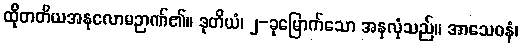
ထိုတတိယအနုလောမဉာဏ်၏။ ဒုတိယံ၊ ၂-ခုမြောက်သော အနုလုံသည်။ အာသေဝနံ၊